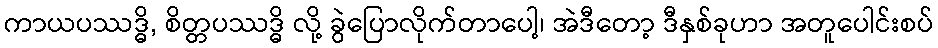
ကာယပဿဒ္ဓိ, စိတ္တပဿဒ္ဓိ လို့ ခွဲပြောလိုက်တာပေါ့၊ အဲဒီတော့ ဒီနှစ်ခုဟာ အတူပေါင်းစပ်